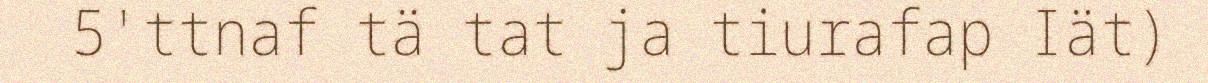
5'ttnaf tä tat ja tiurafap Iät)